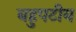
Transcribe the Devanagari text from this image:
बहुपटीय